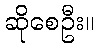
ဆိုစေဦး။